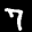
Label: 7